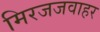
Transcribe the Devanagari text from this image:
मिरजजवाहर